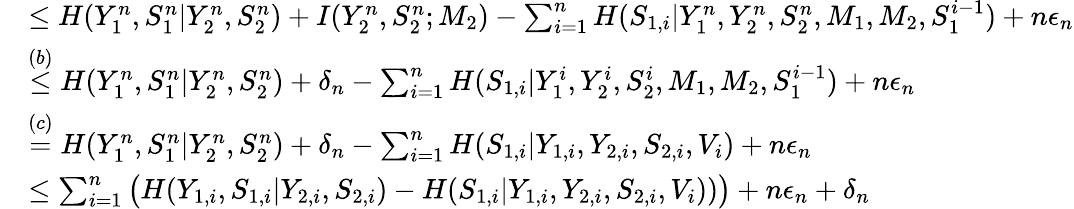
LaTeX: \begin{array}{rl}&{\leq H(Y_{1}^{n},S_{1}^{n}|Y_{2}^{n},S_{2}^{n})+I(Y_{2}^{n},S_{2}^{n};M_{2})-\sum_{i=1}^{n}H(S_{1,i}|Y_{1}^{n},Y_{2}^{n},S_{2}^{n},M_{1},M_{2},S_{1}^{i-1})+n\epsilon_{n}}\\ &{\overset{(b)}{\leq}H(Y_{1}^{n},S_{1}^{n}|Y_{2}^{n},S_{2}^{n})+\delta_{n}-\sum_{i=1}^{n}H(S_{1,i}|Y_{1}^{i},Y_{2}^{i},S_{2}^{i},M_{1},M_{2},S_{1}^{i-1})+n\epsilon_{n}}\\ &{\overset{(c)}{=}H(Y_{1}^{n},S_{1}^{n}|Y_{2}^{n},S_{2}^{n})+\delta_{n}-\sum_{i=1}^{n}H(S_{1,i}|Y_{1,i},Y_{2,i},S_{2,i},V_{i})+n\epsilon_{n}}\\ &{\leq\sum_{i=1}^{n}\big(H(Y_{1,i},S_{1,i}|Y_{2,i},S_{2,i})-H(S_{1,i}|Y_{1,i},Y_{2,i},S_{2,i},V_{i}))\big)+n\epsilon_{n}+\delta_{n}}\end{array}